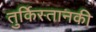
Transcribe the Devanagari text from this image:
तुर्किस्तानकी